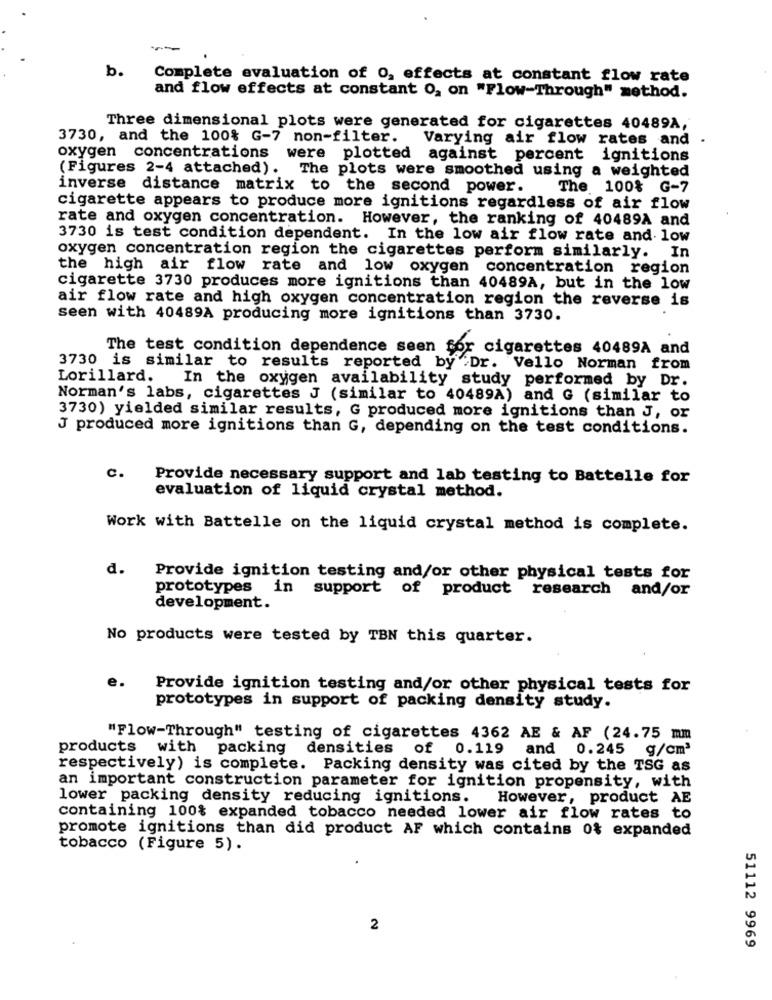
b.
Complete evaluation of 0, effects at constant flow rate
and flow effects at constant O, on "Flow-Through" method.
Three dimensional plots were generated for cigarettes 40489A,
3730, and the 100% G-7 non-filter.
Varying air flow rates and .
oxygen concentrations were plotted against percent ignitions
(Figures 2-4 attached). The plots were smoothed using a weighted
inverse distance matrix to the second power.
The 100% G-7
cigarette appears to produce more ignitions regardless of air flow
rate and oxygen concentration. However, the ranking of 40489A and
3730 is test condition dependent. In the low air flow rate and low
oxygen concentration region the cigarettes perform similarly. In
the high air flow rate and low oxygen concentration region
cigarette 3730 produces more ignitions than 40489A, but in the low
air flow rate and high oxygen concentration region the reverse is
seen with 40489A producing more ignitions than 3730.
The test condition dependence seen for cigarettes 40489A and
3730 is similar to results reported by Dr. Vello Norman from
Lorillard. In the oxygen availability study performed by Dr.
Norman's labs, cigarettes J (similar to 40489A) and G (similar to
3730) yielded similar results, G produced more ignitions than J, or
J produced more ignitions than G, depending on the test conditions.
C.
Provide necessary support and lab testing to Battelle for
evaluation of liquid crystal method.
Work with Battelle on the liquid crystal method is complete.
d.
Provide ignition testing and/or other physical tests for
prototypes in support of product research and/or
development.
No products were tested by TBN this quarter.
e.
Provide ignition testing and/or other physical tests for
prototypes in support of packing density study.
"Flow-Through" testing of cigarettes 4362 AE & AF (24.75 mm
products with packing densities of 0.119 and 0.245 g/cm3
respectively) is complete. Packing density was cited by the TSG as
an important construction parameter for ignition propensity, with
lower packing density reducing ignitions. However, product AE
containing 100% expanded tobacco needed lower air flow rates to
promote ignitions than did product AF which contains 0% expanded
tobacco (Figure 5).
2
51112 9969